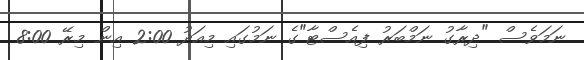
ނަމަވެސް "ދިރާގު ނަމްބަރު ފިއެސްޓާ"ގެ ނަމުގައި މިއަދު 2:00 އިން މިރޭ 8:00